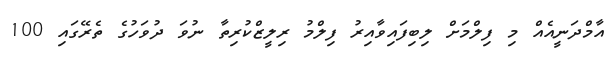
އާމްދަނީއެއް މި ފިލްމަށް ލިބިފައިވާއިރު ފިލްމު ރިލީޒްކުރިތާ ނުވަ ދުވަހުގެ ތެރޭގައިި 100